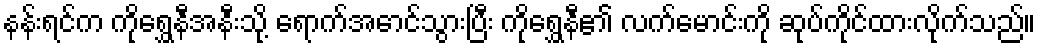
နန်းရင်က ကိုရွှေနီအနီးသို့ ရောက်အောင်သွားပြီး ကိုရွှေနီ၏ လက်မောင်းကို ဆုပ်ကိုင်ထားလိုက်သည်။